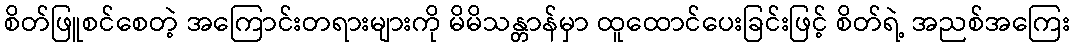
စိတ်ဖြူစင်စေတဲ့ အကြောင်းတရားများကို မိမိသန္တာန်မှာ ထူထောင်ပေးခြင်းဖြင့် စိတ်ရဲ့ အညစ်အကြေး